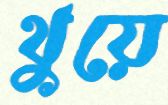
থুয়ে